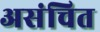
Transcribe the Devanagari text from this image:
असंचित